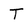
Character: T